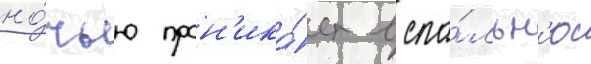
но́чью прон'ика́ет в спа́льн'ю